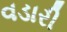
વડારી